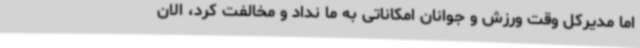
اما مدیرکل وقت ورزش و جوانان امکاناتی به ما نداد و مخالفت کرد، الان